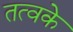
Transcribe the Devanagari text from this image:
तत्वके